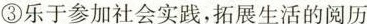
③乐于参加社会实践，拓展生活的阅历